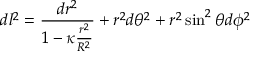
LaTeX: d l ^ { 2 } = { \frac { d r ^ { 2 } } { 1 - \kappa { \frac { r ^ { 2 } } { R ^ { 2 } } } } } + r ^ { 2 } d \theta ^ { 2 } + r ^ { 2 } \sin ^ { 2 } \theta d \phi ^ { 2 }